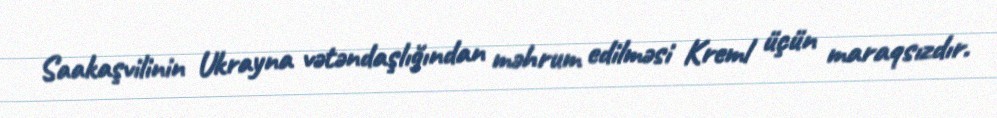
Saakaşvilinin Ukrayna vətəndaşlığından məhrum edilməsi Kreml üçün maraqsızdır.